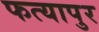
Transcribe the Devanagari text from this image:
फत्यापुर